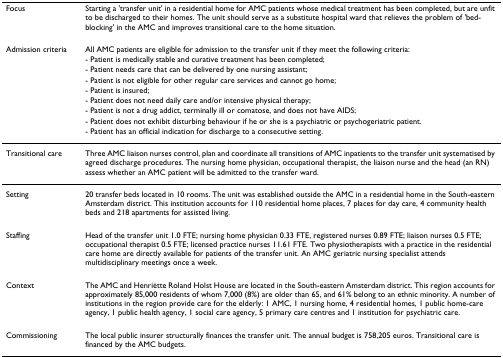
| Focus | Starting a 'transfer unit' in a residential home for AMC patients whose medical treatment has been completed, but are unfit to be discharged to their homes. The unit should serve as a substitute hospital ward that relieves the problem of 'bed-blocking' in the AMC and improves transitional care to the home situation. |
 | --- | --- |
 | Admission criteria | All AMC patients are eligible for admission to the transfer unit if they meet the following criteria: |
 |  | - Patient is medically stable and curative treatment has been completed; |
 |  | - Patient needs care that can be delivered by one nursing assistant; |
 |  | - Patient is not eligible for other regular care services and cannot go home; |
 |  | - Patient is insured; |
 |  | - Patient does not need daily care and/or intensive physical therapy; |
 |  | - Patient is not a drug addict, terminally ill or comatose, and does not have AIDS; |
 |  | - Patient does not exhibit disturbing behaviour if he or she is a psychiatric or psychogeriatric patient. |
 |  | - Patient has an official indication for discharge to a consecutive setting. |
 | Transitional care | Three AMC liaison nurses control, plan and coordinate all transitions of AMC inpatients to the transfer unit systematised by agreed discharge procedures. The nursing home physician, occupational therapist, the liaison nurse and the head (an RN) assess whether an AMC patient will be admitted to the transfer ward. |
 | Setting | 20 transfer beds located in 10 rooms. The unit was established outside the AMC in a residential home in the South-eastern Amsterdam district. This institution accounts for 110 residential home places, 7 places for day care, 4 community health beds and 218 apartments for assisted living. |
 | Staffing | Head of the transfer unit 1.0 FTE; nursing home physician 0.33 FTE, registered nurses 0.89 FTE; liaison nurses 0.5 FTE; occupational therapist 0.5 FTE; licensed practice nurses 11.61 FTE. Two physiotherapists with a practice in the residential care home are directly available for patients of the transfer unit. An AMC geriatric nursing specialist attends multidisciplinary meetings once a week. |
 | Context | The AMC and Henriëtte Roland Holst House are located in the South-eastern Amsterdam district. This region accounts for approximately 85,000 residents of whom 7,000 (8%) are older than 65, and 61% belong to an ethnic minority. A number of institutions in the region provide care for the elderly: 1 AMC, 1 nursing home, 4 residential homes, 1 public home-care agency, 1 public health agency, 1 social care agency, 5 primary care centres and 1 institution for psychiatric care. |
 | Commissioning | The local public insurer structurally finances the transfer unit. The annual budget is 758,205 euros. Transitional care is financed by the AMC budgets. |